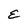
Character: E